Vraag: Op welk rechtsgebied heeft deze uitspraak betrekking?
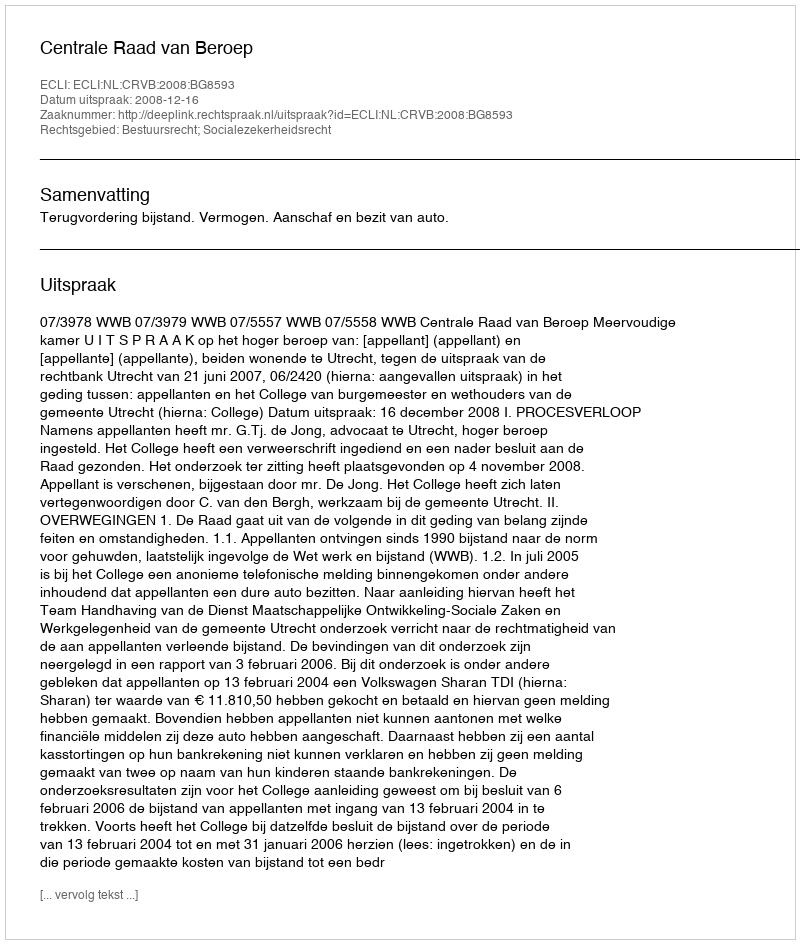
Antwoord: Bestuursrecht; Socialezekerheidsrecht